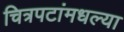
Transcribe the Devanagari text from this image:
चित्रपटांमधल्या